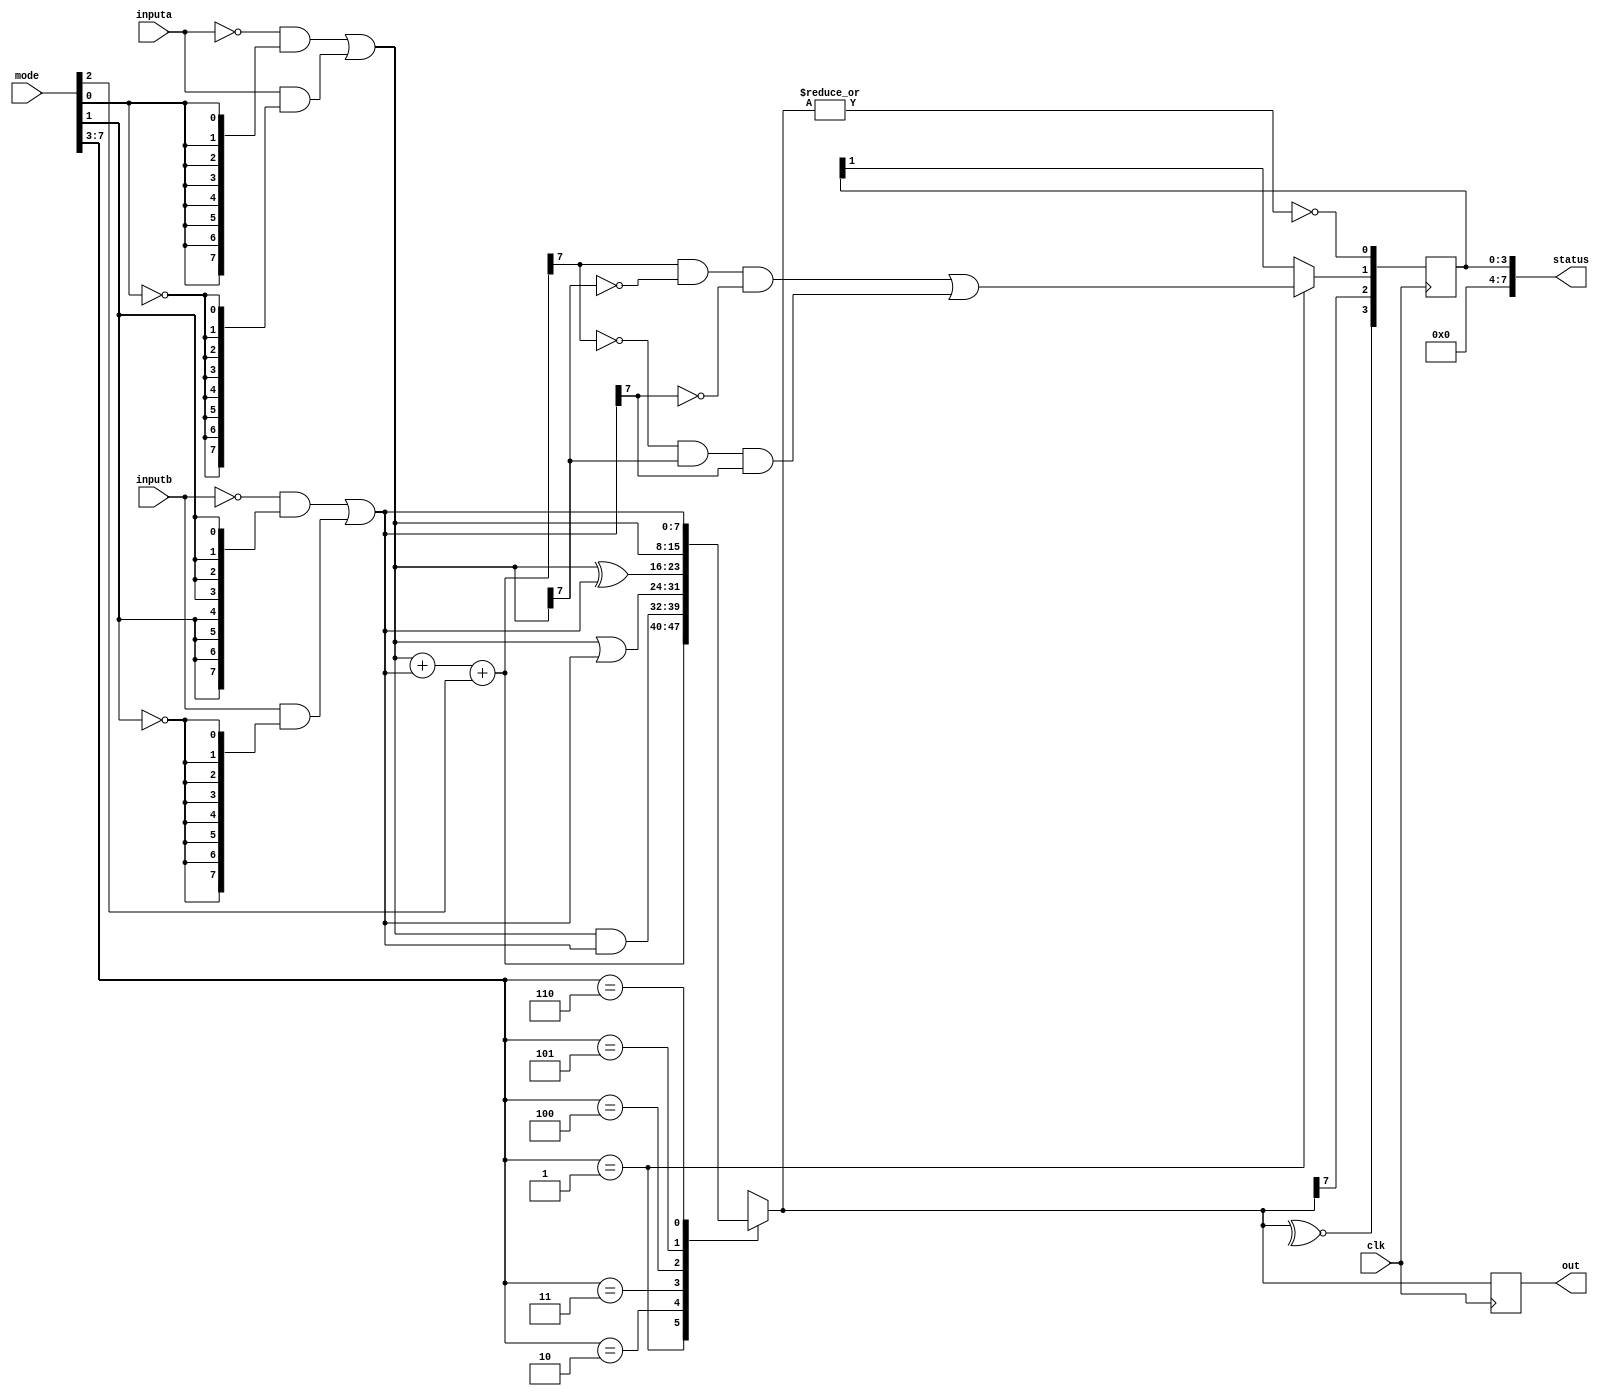
module alu(inputa, inputb, mode, clk, out, status);
    // Port declaration
    input[7:0] inputa, 
            inputb, 
            mode;

    input clk;
    
    output[7:0] out, 
            status;

    reg[7:0] out, status;

    // First stage : select inputs or their inverted versions
    wire[7:0] nota, notb;

    assign nota = ~inputa;
    assign notb = ~inputb;

    wire[7:0] opa, opb;

    assign opa = (nota & {8{mode[0]}}) | (inputa & {8{~mode[0]}});
    assign opb = (notb & {8{mode[1]}}) | (inputb & {8{~mode[1]}});
    
    wire[7:0] addout, 
            andout,
            orout,
            xorout;
    wire cout;

    // Give those inputs to circuits to perform operations required
    assign {cout, addout} = opa + opb + mode[2];
    assign andout = opa & opb;
    assign orout  = opa | opb;
    assign xorout = opa ^ opb;

    // Initialize status to be 0
    initial status = 8'b0;

    // Assign output and status at positive edge of clock
    always @(posedge clk) begin
        case (mode[7:3])
            1:begin
                $display("Added at %t : %b", $time, addout);
                out         = addout;
                status[1]   = (out[7] & ~opa[7] & ~opb[7]) | (~out[7] & opa[7] & opb[7]);
            end
            2:
                out = andout;
            3:
                out = orout;
            4:
                out = xorout;
            5:
                out = opa;
            6:
                out = opb;
            default:
                out = 8'hxx;
        endcase

        status[0] = ~|out;
        status[2] = out[7];
        status[3] = ~^out;
    end

endmodule